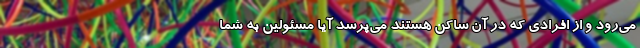
می‌رود و از افرادی که در آن ساکن هستند می‌پرسد آیا مسئولین به شما